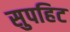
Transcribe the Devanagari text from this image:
सुपहिट